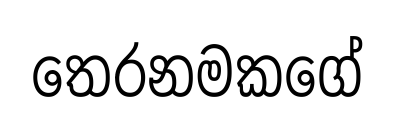
තෙරනමකගේ